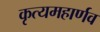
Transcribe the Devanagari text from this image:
कृत्यमहार्णव